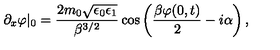
\partial _ { x } \varphi | _ { 0 } = \frac { 2 m _ { 0 } \sqrt { \epsilon _ { 0 } \epsilon _ { 1 } } } { \beta ^ { 3 / 2 } } \cos \left( \frac { \beta \varphi ( 0 , t ) } { 2 } - i \alpha \right) ,